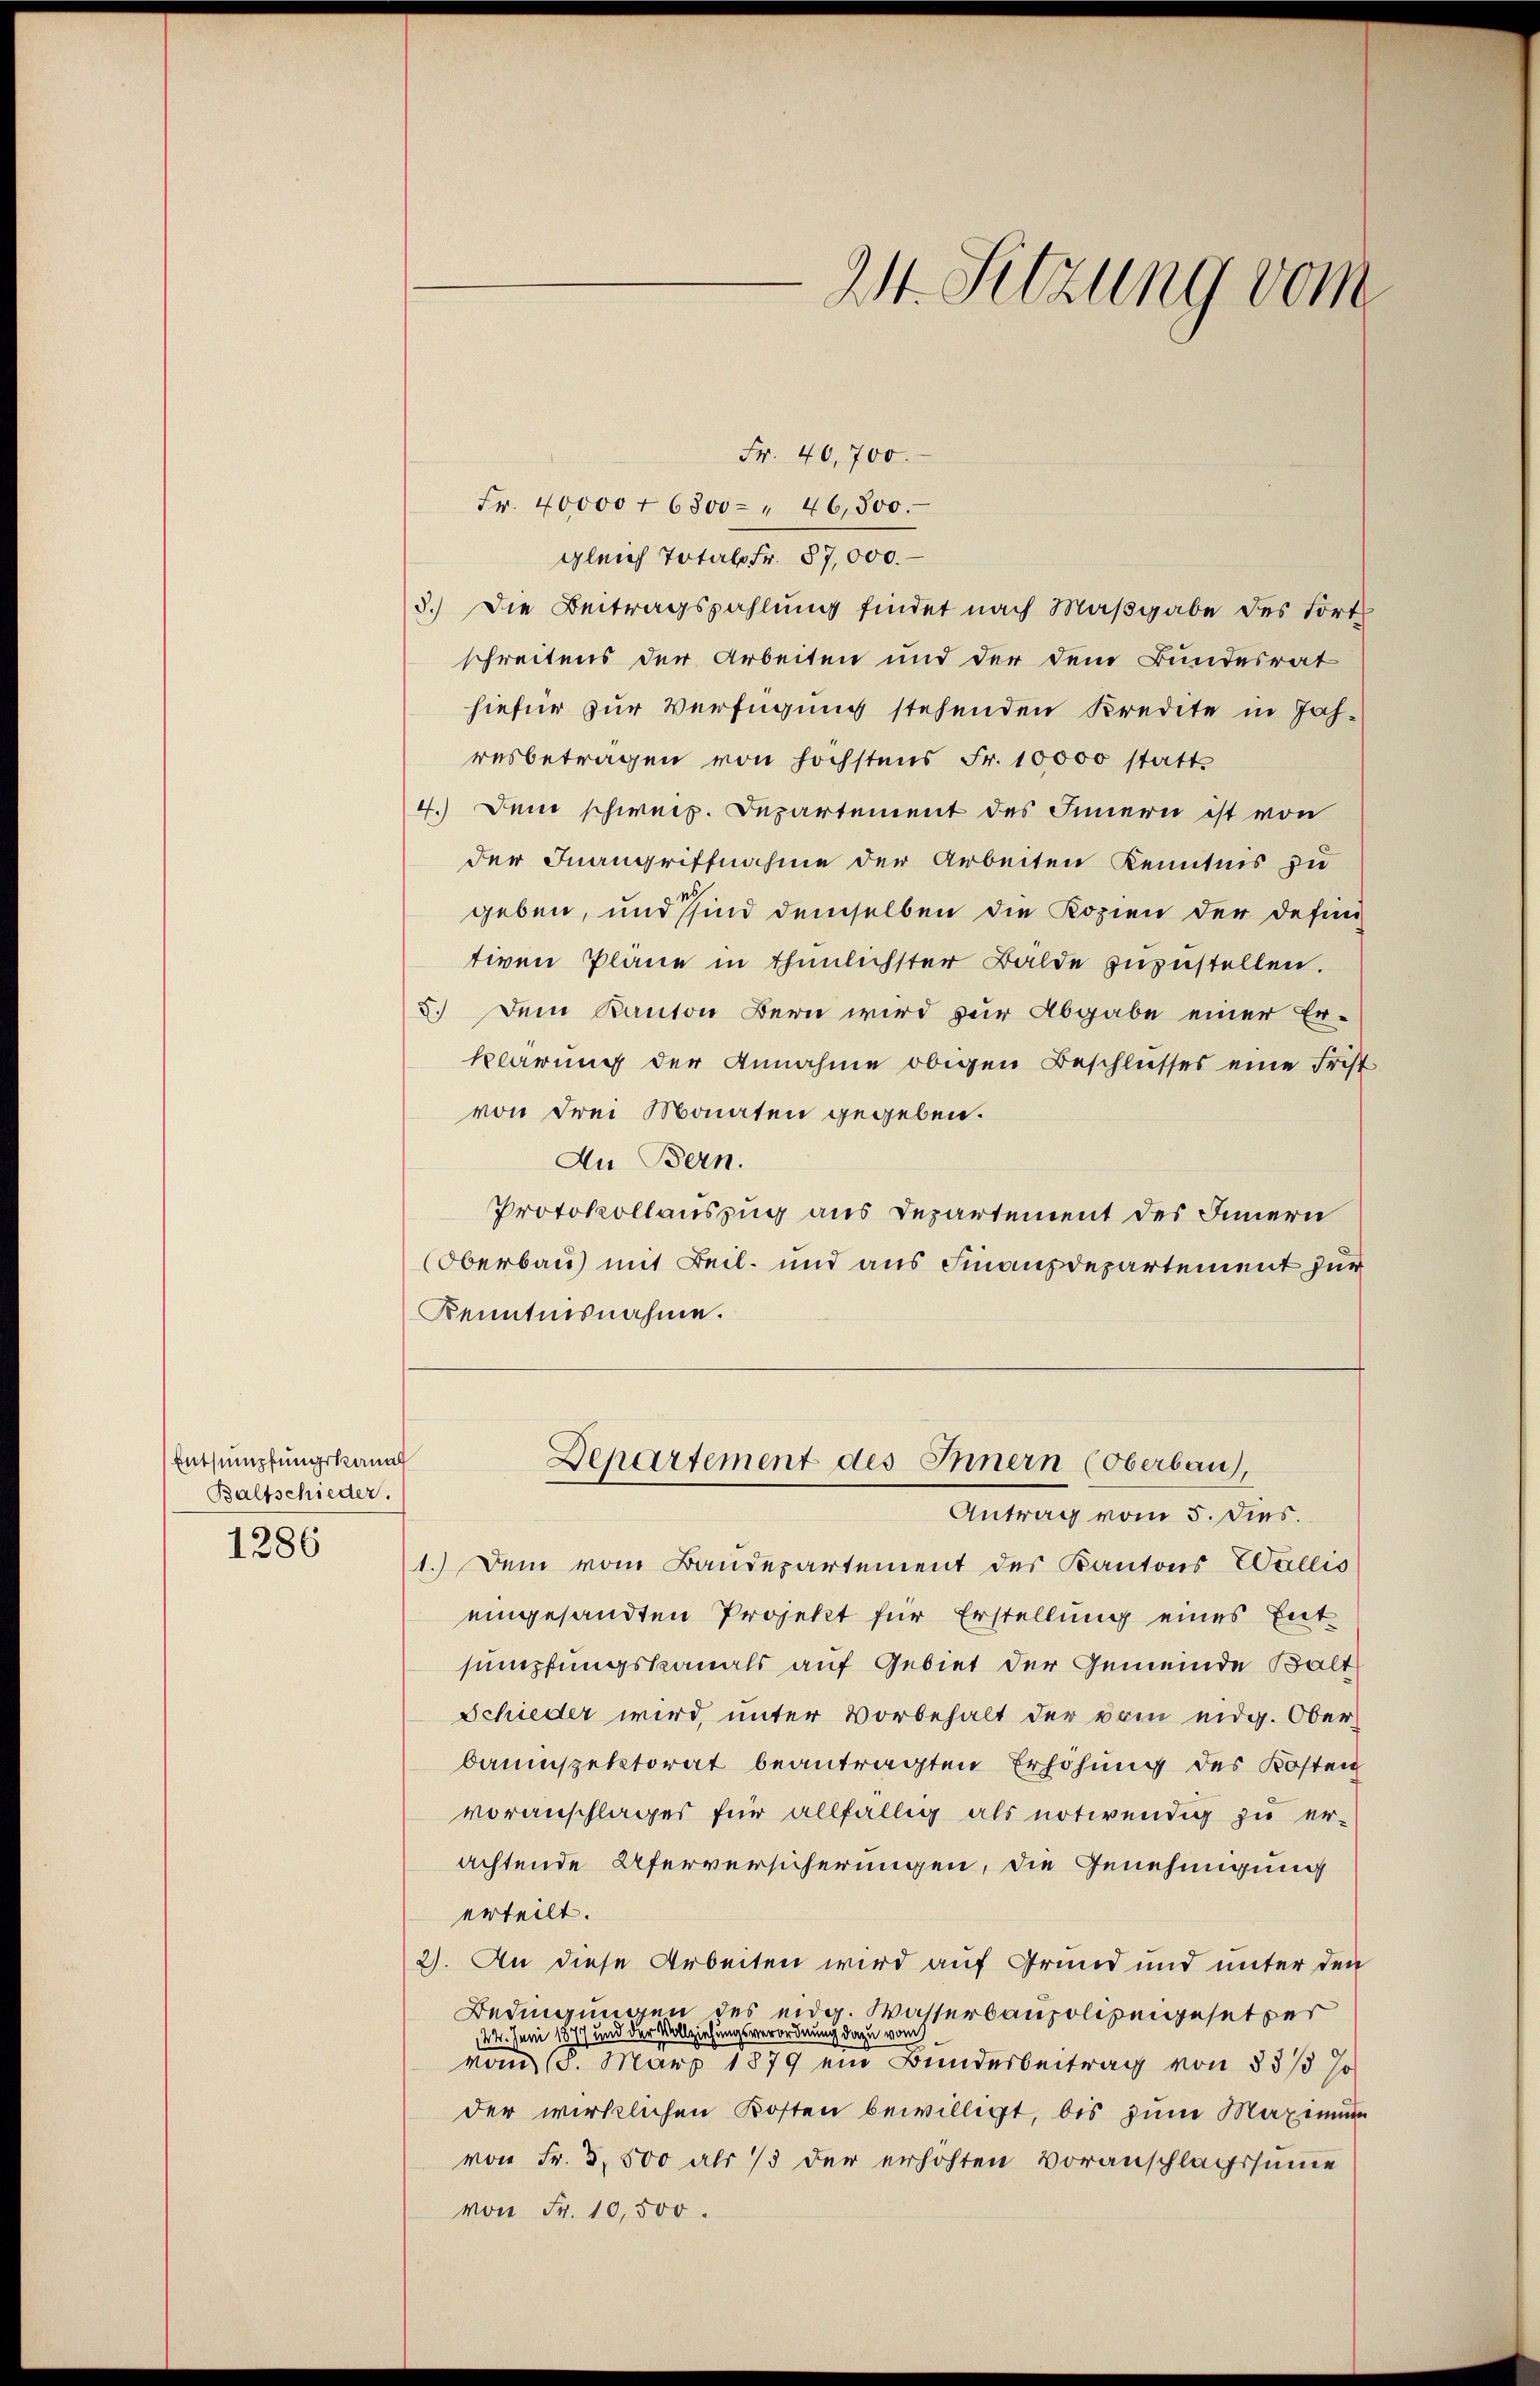
Entsumpfungskanal
Baltschieder.
1286

Fr. 40,700.
Fr. 40000 + 6800 " 46,800.
gleich Total Fr. 87,000.
3.) Die Beitragszahlung findet nach Maβgabe des Fort
schreitens der Arbeiten und der dem Bundesrat
hiefür zur Verfügung stehenden Kredite in Jah-
resbetragen von höchstens Fr. 10000 statt
4.) Dem schweiz. Departement des Innern ist von
der Inangriffnahme der Arbeiten Kenntnis zu
geben, und sind demselben die Kopien der defini-
tiven Plane in thunlichster Balde zuzustellen.
3.) Dem Kanton Bern wird zur Abgabe einer Er-
klärung der Annahme obigen Beschlusses eine Frist
von drei Monaten gegeben.
Au Bern.
Protokollauszug aus Departement des Innern
Oberbau mit Teil- und aus Finanzdepartement zur
Kenntnisnahme.
Departement des Innern (Oberbau),
Antrag vom 5. Dies.
1.) Dem vom Baudepartement des Kantons Wallis
eingesandten Projekt für Erstellung eines Entsumpfungskanals auf Gebiet der Gemeinde Balt
Schieder wird, unter Vorbehalt der vom eidg. Ober-
bauinspektorat beantragten Erhöhung des Kosten
voranschlages für allfällig als notwendig zu er-
achtende Uferversicherungen, die Genehmigung
erteilt.
2). An diese Arbeiten wird auf Grund und unter den
Bedingungen des eidg. Wasserbaupolizeigesetzer
24. Juni 1877 und der Vollziehungsverordnung dazu vom
vom 18. März 1879 ein Bundesbeitrag von §§ 13 Jo
der wirklichen Kosten bewilligt, bis zum Maximum
von Fr. 3,500 als 13 der erhöhten Voranschlagssume
von Fr. 10,500.

211. Sitzung vom